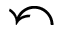
\curvearrowleft